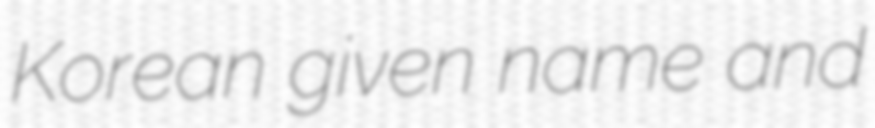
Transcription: Korean given name and